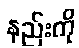
နည်းကို